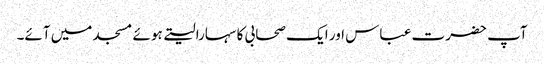
آپ حضرت عباس اور ایک صحابی کا سہارا لیتے ہوئے مسجد میں آئے۔